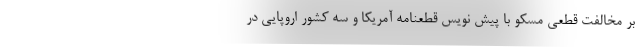
بر مخالفت قطعی مسکو با پیش نویس قطعنامه آمریکا و سه کشور اروپایی در